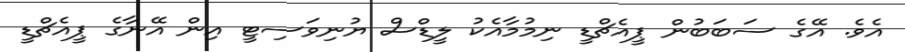
އެވެ. އޭގެ ސަބަބުން ޕީއެޗްޑީ ނިމުމާއެކު ލީޑްސް ޔުނިވަސިޓީ އިން އޭނާގެ ޕީއެޗްޑީ